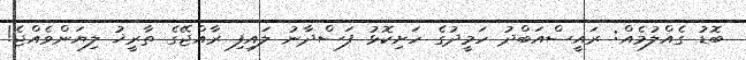
ބޮޑު ގެއްލުމެއް: ރައީސްއަބްދު ހަމީދުގެ ހަށިކޮޅު ފަސްދާނު ލައިފި ރާއްޖޭގެ ތާރީޚު ލިޔަންވެއްޖެ!